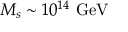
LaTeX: M _ { s } \sim 1 0 ^ { 1 4 } ~ \mathrm { G e V }